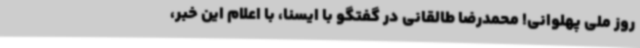
روز ملی پهلوانی! محمدرضا طالقانی در گفتگو با ایسنا، با اعلام این خبر،